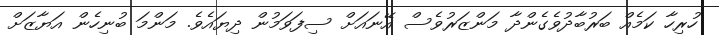
ހުރިހާ ކަމެއް ބަރުބާދުވެގެންދާ މަންޒަރުވެސް އޭނައަށް ސިފަވަމުން ދިޔައެވެ. މަންމަ ބުނިހެން އަޔާޒަށް